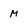
Character: m